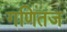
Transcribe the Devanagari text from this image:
गणितज